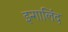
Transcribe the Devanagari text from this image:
इन्गालिंद